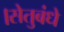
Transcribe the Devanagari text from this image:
।सेतुबंधे